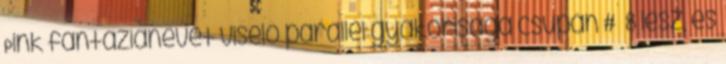
Pink fantázianevet viselő parallel gyakorisága csupán # 8 lesz, és